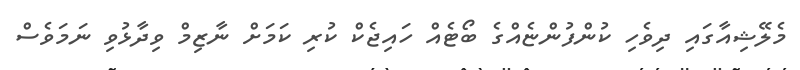
މެލޭޝިއާގައި ދިވެހި ކުންފުންޏެއްގެ ބޯޓެއް ހައިޖެކް ކުރި ކަމަށް ނާޒިމް ވިދާޅުވި ނަމަވެސް